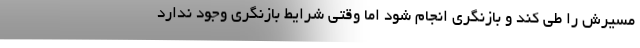
مسیرش را طی کند و بازنگری انجام شود اما وقتی شرایط بازنگری وجود ندارد